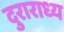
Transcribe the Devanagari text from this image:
दुराराध्य